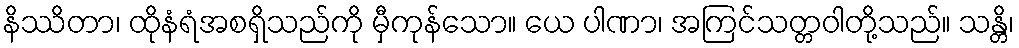
နိဿိတာ၊ ထိုနံရံအစရှိသည်ကို မှီကုန်သော။ ယေ ပါဏာ၊ အကြင်သတ္တဝါတို့သည်။ သန္တိ၊